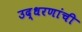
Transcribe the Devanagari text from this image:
उद्धरणांची